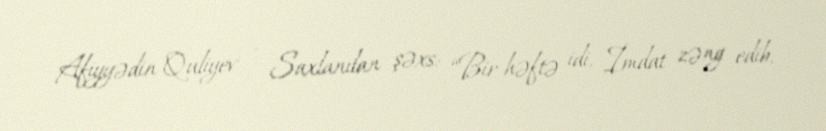
Afiyyədin Quliyev - Saxlanılan şəxs: “Bir həftə idi, İmdat zəng edib,